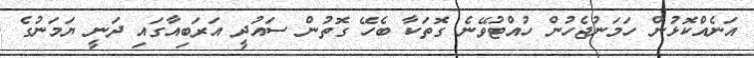
އަނެއްކޮޅުން ހަމަނުޖެހުން ހުއްޓުވޭނެ ގޮތަކާ ބެހޭ ގޮތުން ސައުދީ އަރަބިއާގައި ދަނީ ޔަމަނުގެ